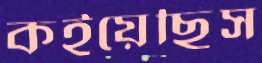
কইয়েছিস